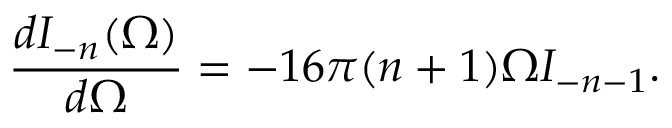
\frac { d I _ { - n } ( \Omega ) } { d \Omega } = - 1 6 \pi ( n + 1 ) \Omega I _ { - n - 1 } .